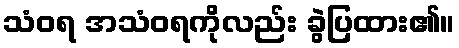
သံဝရ အသံဝရကိုလည်း ခွဲပြထား၏။